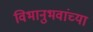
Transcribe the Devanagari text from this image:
विभानुभवांच्या